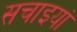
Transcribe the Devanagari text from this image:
सचाइयां